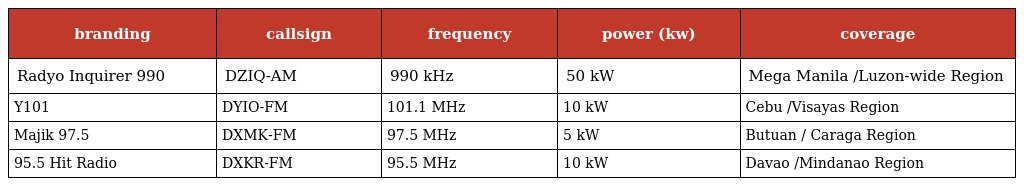
| branding | callsign | frequency | power (kw) | coverage |
 | --- | --- | --- | --- | --- |
 | Radyo Inquirer 990 | DZIQ-AM | 990 kHz | 50 kW | Mega Manila /Luzon-wide Region |
 | Y101 | DYIO-FM | 101.1 MHz | 10 kW | Cebu /Visayas Region |
 | Majik 97.5 | DXMK-FM | 97.5 MHz | 5 kW | Butuan / Caraga Region |
 | 95.5 Hit Radio | DXKR-FM | 95.5 MHz | 10 kW | Davao /Mindanao Region |